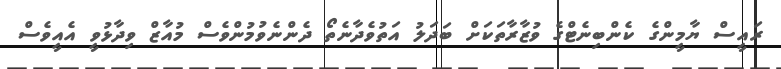
ރައީސް ޔާމީންގެ ކެންބިނެޓްގެ ވުޒާރާތަކަށް ބަދަލު އަތުވެދާނެތޯ ދެންނެވުމުންވެސް މުއާޒް ވިދާޅުވީ އެއީވެސް